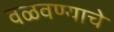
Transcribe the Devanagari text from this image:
वळवण्याचे